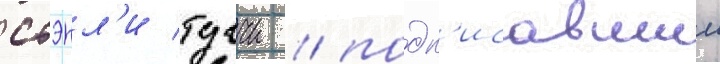
стэнл'и туччи / подп'исавшии